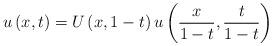
LaTeX: \begin{align*}u\left( x,t\right) =U\left( x,1-t\right) u\left( \frac{x}{1-t},\frac{t}{1-t}\right) \end{align*}